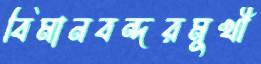
বিমানবন্দরমুখী